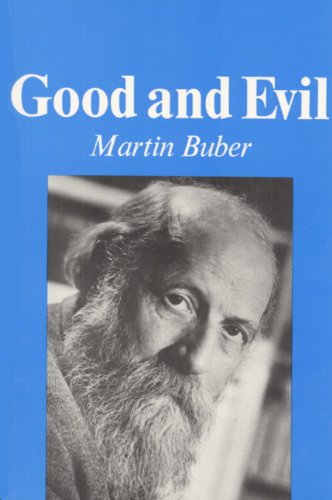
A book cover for Good and Evil; Martin Buber; Politics & Social Sciences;